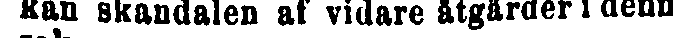
kan skandalen af vidare åtgärder i denn